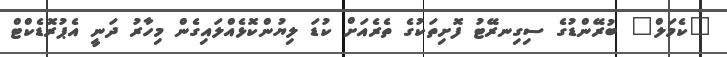
"ކެމަލް" ބުރޭންޑުގެ ސިގިނރޭޓު ފޮށިތަކުގެ ތެރެއަށް ކުޑަ ލިޔުންކޮޅެއްލައިގެން މިހާރު ދަނީ އެޕުރޮޑެކްޓް